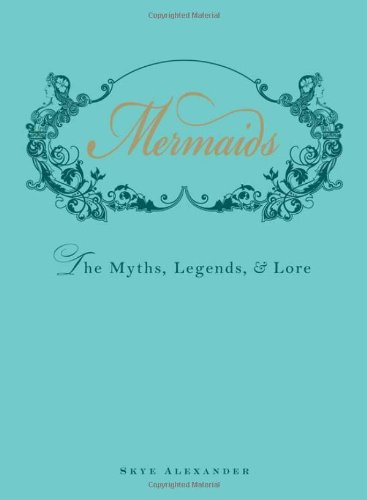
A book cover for Mermaids: The Myths, Legends, and Lore; Skye Alexander; Literature & Fiction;